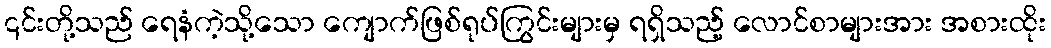
၎င်းတို့သည် ရေနံကဲ့သို့သော ကျောက်ဖြစ်ရုပ်ကြွင်းများမှ ရရှိသည့် လောင်စာများအား အစားထိုး